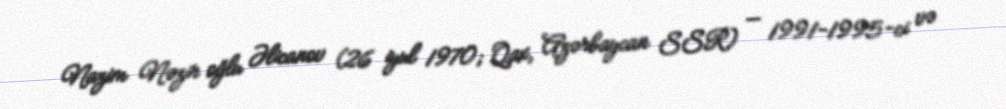
Nazim Nəzir oğlu Əlicanov (26 iyul 1970; Qax, Azərbaycan SSR) — 1991-1995-ci və